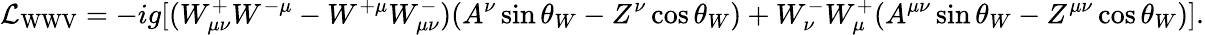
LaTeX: {\mathcal{L}}_{\mathrm{WWV}}=-ig[(W_{\mu\nu}^{+}W^{-\mu}-W^{+\mu}W_{\mu\nu}^{-})(A^{\nu}\sin\theta_{W}-Z^{\nu}\cos\theta_{W})+W_{\nu}^{-}W_{\mu}^{+}(A^{\mu\nu}\sin\theta_{W}-Z^{\mu\nu}\cos\theta_{W})].